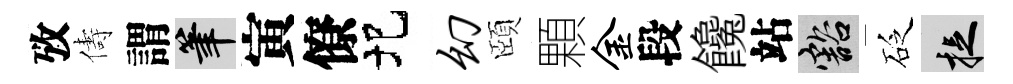
攷儔謂筆寅僚圯幻頤顆金段饞站豁砭捉